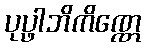
ပုပ္ဖါဘိကိဏ္ဏေ